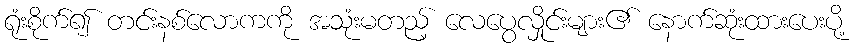
ရုံးစိုက်၍ တင်းနစ်လောကကို အသုံးမတည့် လေပွေလှိုင်းများ၏ နောက်ဆုံးထားပေးပို့